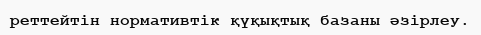
реттейтін нормативтік қүқықтық базаны әзірлеу.